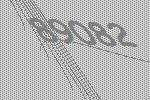
89082